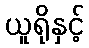
ယူရိုနှင့်